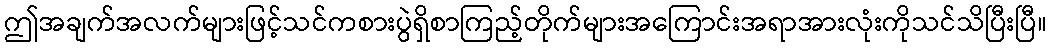
ဤအချက်အလက်များဖြင့်သင်ကစားပွဲရှိစာကြည့်တိုက်များအကြောင်းအရာအားလုံးကိုသင်သိပြီးပြီ။